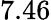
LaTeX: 7.46